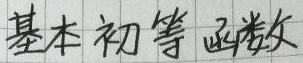
基本初等函数